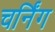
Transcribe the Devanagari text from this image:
चर्निंग